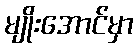
မျိုးအောင်မှာ